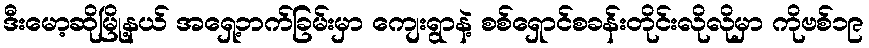
ဒီးမော့ဆိုမြို့နယ် အရှေ့ဘက်ခြမ်းမှာ ကျေးရွာနဲ့ စစ်ရှောင်စခန်းတိုင်းလိုလိုမှာ ကိုဗစ်၁၉